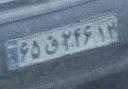
۶۵ق۲۴۶۱۲